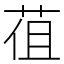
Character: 𦯣